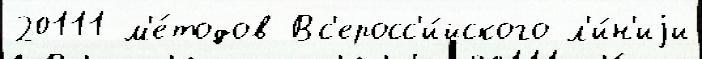
20111 м'е́тодов Вс'еросс'и́йского л'и́н'иjи